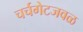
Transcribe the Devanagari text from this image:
चर्चगेटजवळ